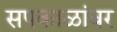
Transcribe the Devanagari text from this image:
सपकाळांवर